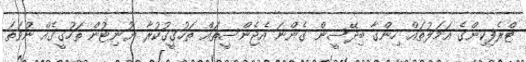
ޓްރެފިކިންގެ އަމަލުތައް ހިންގާ ބިދޭސީން ގެންނަ އެޖެންސީތައް ތަހުގީގުކުރާ ޔުނިޓުން ތަހުގީގެއް ނުވަތަ